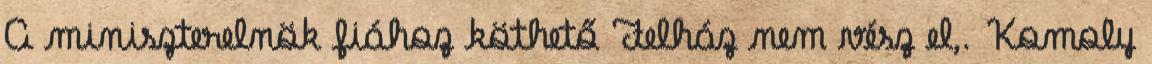
A miniszterelnök fiához köthető Felház nem vész el,. Komoly